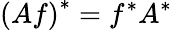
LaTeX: \left(Af\right)^{*}=f^{*}A^{*}